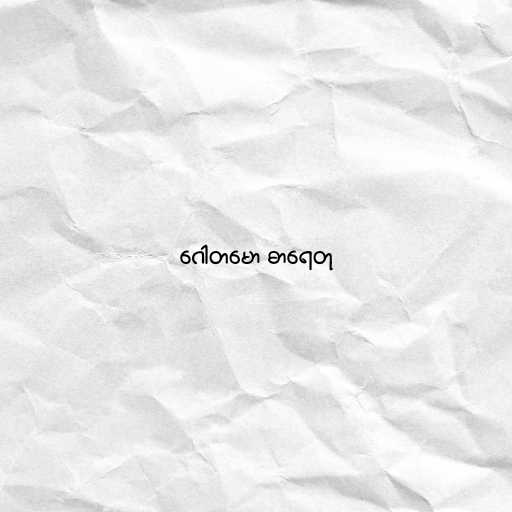
ဂေါတမော ဓာရေတု